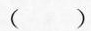
( )